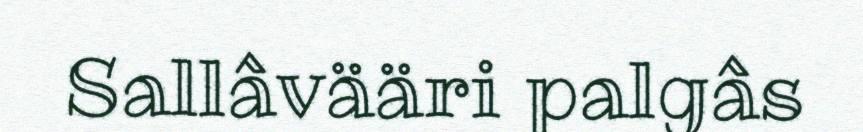
Sallâvääri palgâs